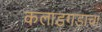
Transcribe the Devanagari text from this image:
कलाडगडाचा